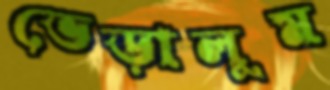
ভেড়ালুম